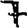
Digit: 7